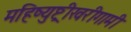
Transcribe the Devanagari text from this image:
महिष्युष्ट्रीखरीगामी